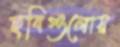
ছবিগুলোয়